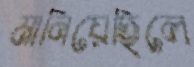
মানিয়েছিলে